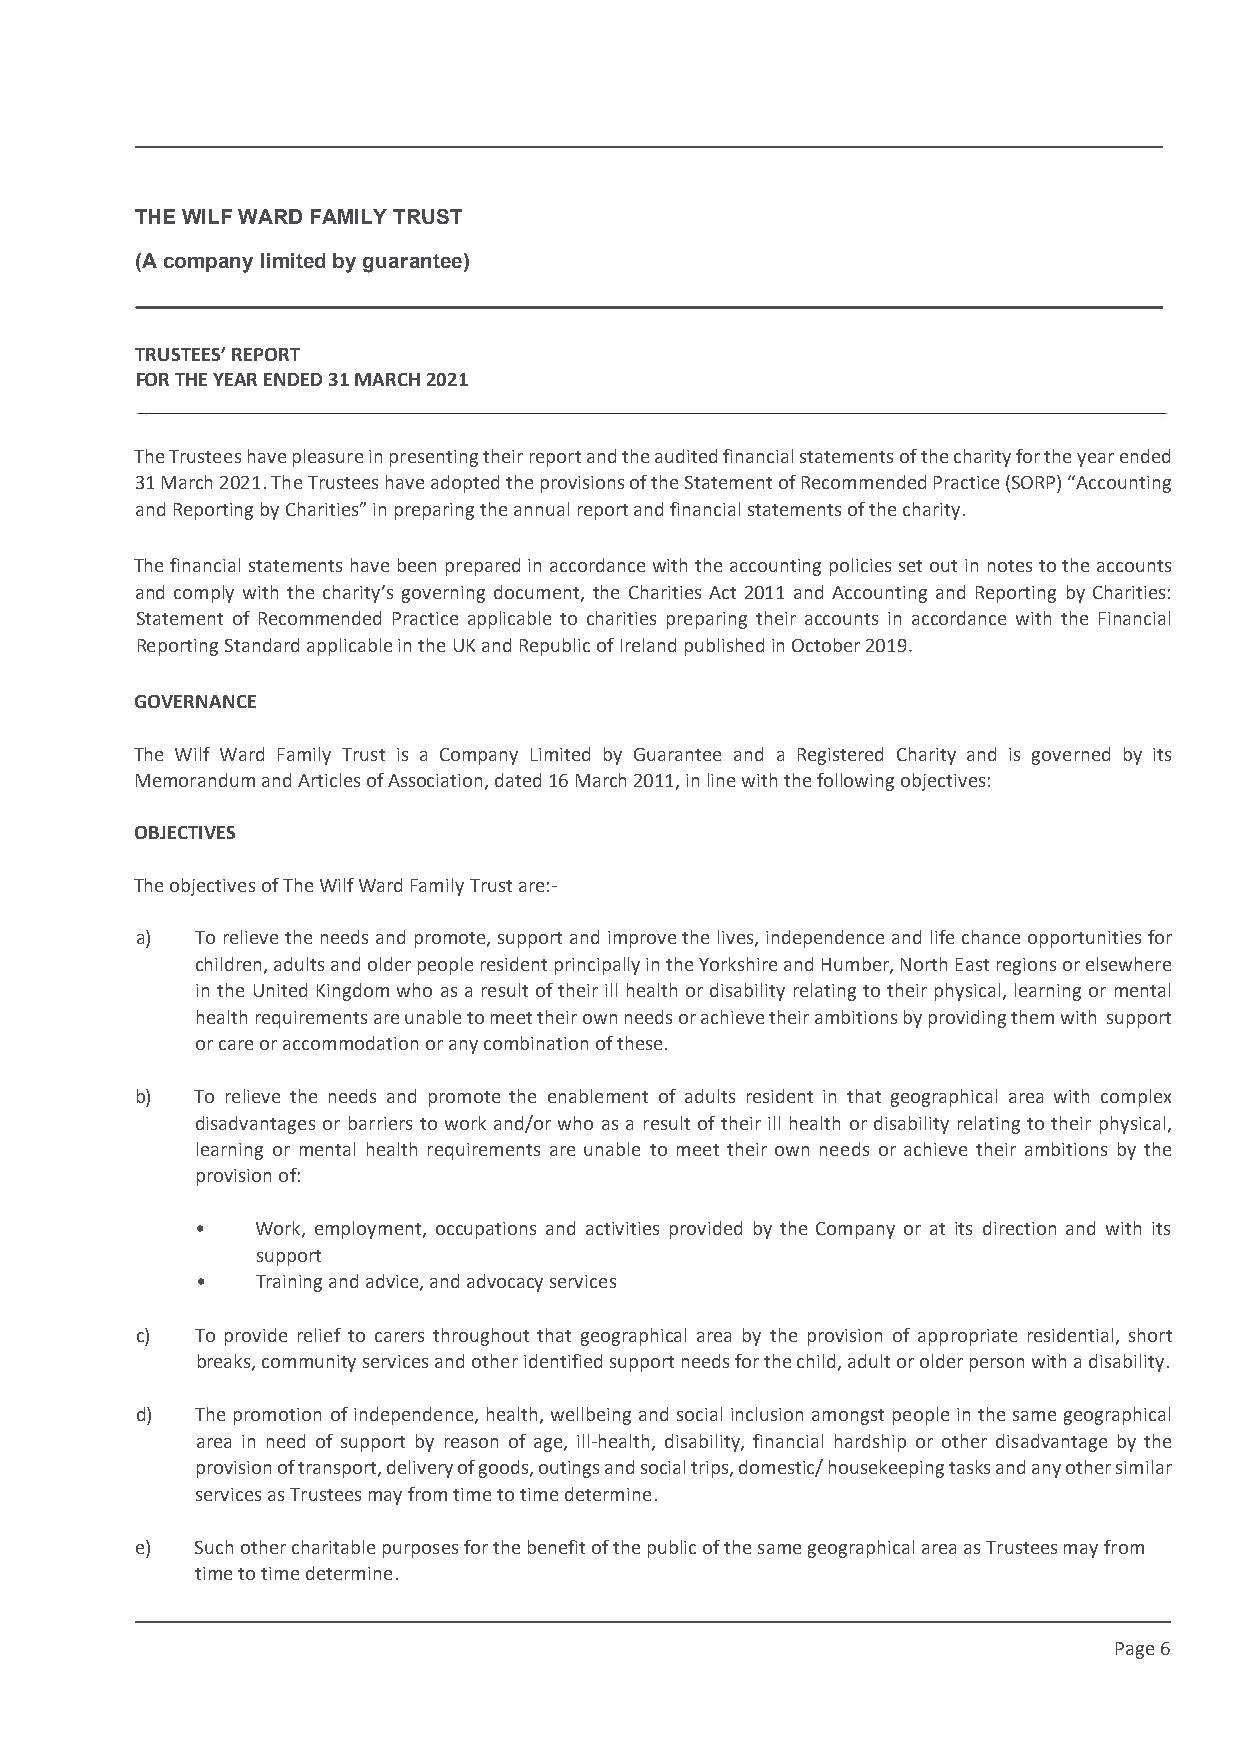
This draft produced on 28/7/2021 11:34
 THE WILF WARD FAMILY TRUST
 (A company limited by guarantee)
 TRUSTEES’ REPORT
 FOR THE YEAR ENDED 31 MARCH 2021
 The Trustees have pleasure in presentingtheir report and the audited financial statements of the charity for theyearended
 31 March 2021. The Trustees have adopted the provisions of the Statement of Recommended Practice (SORP) “Accounting
 and Reporting by Charities” in preparing the annual report and financial statements of the charity.
 The financial statements have been prepared in accordance with the accounting policies set out in notes to the accounts
 and comply with the charity’s governing document, the Charities Act 2011 and Accounting and Reporting by Charities:
 Statement of Recommended Practice applicable to charities preparing their accounts in accordance with the Financial
 Reporting Standard applicable in the UK and Republic of Ireland published in October 2019
 GOVERNANCE
 The Wilf Ward Family Trust is a Company Limited by Guarantee and a Registered Charity and is governed by its
 Memorandum and Articles of Association, dated 16 March 2011, in line with the following objectives:
 OBJECTIVES
 The objectives of The Wilf Ward Family Trust are:-
 a)  To relieve the needs and promote, support and improve the lives, independence and life chance opportunities for
 children, adults and older people resident principally in the Yorkshire and Humber, North East regions or elsewhere
 in the United Kingdom who as a result of their ill health or disability relating to their physical, learning or mental
 health requirements are unable to meet their own needs or achieve their ambitions by providing them with support
 or care or accommodation or any combination of these.
 b)  To relieve the needs and promote the enablement of adults resident in that geographical area with complex
 disadvantages or barriers to work and/or who as a result of their ill health or disability relating to their physical,
 learning or mental health requirements are unable to meet their own needs or achieve their ambitions by the
 provision of:
 •   Work, employment, occupations and activities provided by the Company or at its direction and with its
 support
 •   Training and advice, and advocacy services
 c)  To provide relief to carers throughout that geographical area by the provision of appropriate residential, short
 breaks, community services and other identified support needs for the child, adult or older person with a disability.
 d)  The promotion of independence, health, wellbeing and social inclusion amongst people in the same geographical
 area in need of support by reason of age, ill-health, disability, financial hardship or other disadvantage by the
 provision of transport, delivery of goods, outings and social trips, domestic/ housekeeping tasks and any other similar
 services as Trustees may from time to time determine.
 e)  Such other charitable purposes for the benefit of the public of the same geographical area as Trustees may from
 time to time determine.
 Page 6